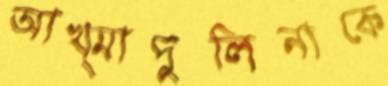
আখ্মাদুলিনাকে